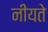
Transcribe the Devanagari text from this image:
नीयते